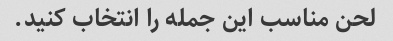
لحن مناسب این جمله را انتخاب کنید.